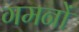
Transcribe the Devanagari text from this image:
गमनों